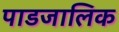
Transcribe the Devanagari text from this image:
पाडजालिक